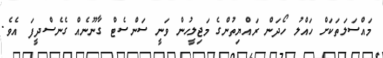
މައްސަލަތަކަށް ހައްލު ހޯދަން ރައްޔިތުންގެ މަޖިލީހުން ވަނީ ސަންސެޓް ގާނޫނެއް ގެނެސްދީފަ އެވެ.